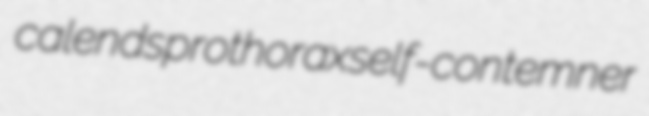
calends prothorax self-contemner